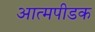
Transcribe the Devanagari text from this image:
आत्मपीडक